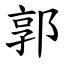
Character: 郭